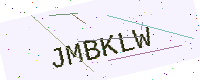
Text: JMBKLW